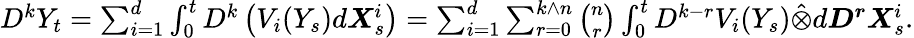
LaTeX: \begin{array}{r}{D^{k}Y_{t}=\sum_{i=1}^{d}\int_{0}^{t}D^{k}\left(V_{i}(Y_{s})d\boldsymbol{X}_{s}^{i}\right)=\sum_{i=1}^{d}\sum_{r=0}^{k\wedge n}\binom{n}{r}\int_{0}^{t}D^{k-r}V_{i}(Y_{s})\hat{\otimes}d\boldsymbol{D^{r}X}_{s}^{i}.}\end{array}